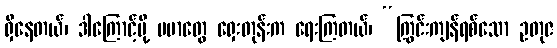
ရှိနေတယ်၊ ဒါကြောင့်မို့ ဗမာတွေ ရှေးတုန်းက ရေးကြတယ်၊ “ကြွင်းကျန်ရစ်သော ဥတုဇ